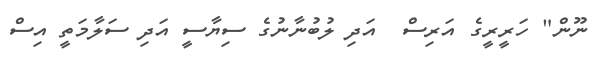
ނޫން" ހަރީރީގެ އަރިސް  އަދި ލުބުނާނުގެ ސިޔާސީ އަދި ސަލާމަތީ އިސް